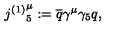
{ j ^ { ( 1 ) } } _ { 5 } ^ { \mu } : = \overline { { q } } \gamma ^ { \mu } \gamma _ { 5 } q ,